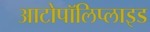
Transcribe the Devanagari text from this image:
आटोपॉलिप्लाइड